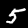
Label: 5